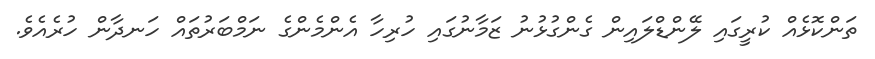
ތަންކޮޅެއް ކުރީގައި ލޭންޑްލައިން ގެންގުޅުނު ޒަމާނުގައި ހުރިހާ އެންމެންގެ ނަމްބަރުތައް ހަނދާން ހުރެެއެވެ.